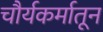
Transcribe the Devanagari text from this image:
चौर्यकर्मातून